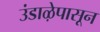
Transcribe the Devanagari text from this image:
उंडाऴेपासून